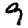
Digit: 9